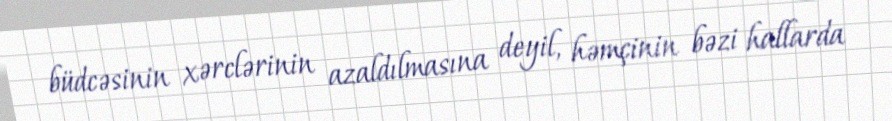
büdcəsinin xərclərinin azaldılmasına deyil, həmçinin bəzi hallarda